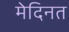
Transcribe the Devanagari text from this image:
मेदिनत